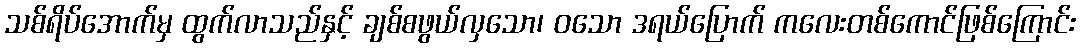
သစ်ရိပ်အောက်မှ ထွက်လာသည်နှင့် ချစ်စဖွယ်လှသော၊ ဝသော ဒရယ်ပြောက် ကလေးတစ်ကောင်ဖြစ်ကြောင်း